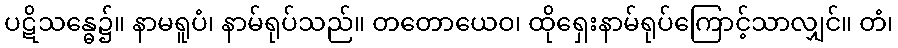
ပဋိသန္ဓေ၌။ နာမရူပံ၊ နာမ်ရုပ်သည်။ တတောယေဝ၊ ထိုရှေးနာမ်ရုပ်ကြောင့်သာလျှင်။ တံ၊